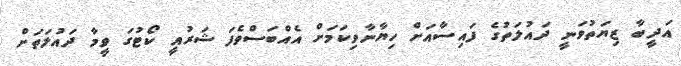
އަދީބާ ޒިޔަތުވަނީ ދައުލަތުގެ ފައިސާއަށް ހިޔާނާވިކަމަށް އެއްބަސްވެފަ ޝަރުއީ ކޯޓުގަ ވީމާ ދައުލަތަށް